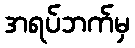
အရပ်ဘက်မှ